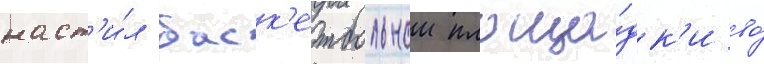
наст'и́л баск'етбольнои площа́дк'и во́